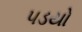
૫ડયો